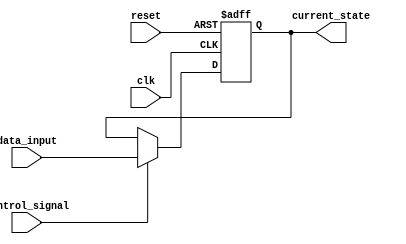
module hold_condition (
    input wire clk,               // Clock signal
    input wire reset,             // Reset signal
    input wire control_signal,     // Control signal to hold or update state
    input wire [7:0] data_input,   // New data input
    output reg [7:0] current_state  // Current state output
);

    // Initialize current state on reset
    always @(posedge clk or posedge reset) begin
        if (reset) begin
            current_state <= 8'b0;  // Initialize to zero or a specific value
        end else if (control_signal) begin
            current_state <= data_input;  // Update state with new data input
        end
        // If control_signal is LOW, current_state retains its previous value (hold condition)
    end

endmodule